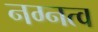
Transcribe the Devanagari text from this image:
नग्नत्व